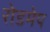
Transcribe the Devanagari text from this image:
रोडमेप